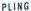
PLING